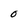
Character: O